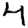
Digit: 4